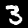
Label: 3